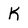
Character: K